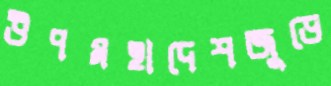
উপমহাদেশজুড়ে